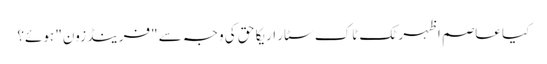
کیا عاصم اظہر ٹک ٹاک سٹار اریکا حق کی وجہ سے "فرینڈ زون" ہوئے؟